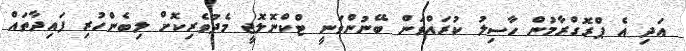
އަދި އެ ޕްރޮގްރާމުން ހާސިލު ކުރައްވަން ބޭނުންވަނީ ޓްކްނޮލޮޖީ މެދުވެރިކޮށް ލިބެންހުރި ފައިދާތައް